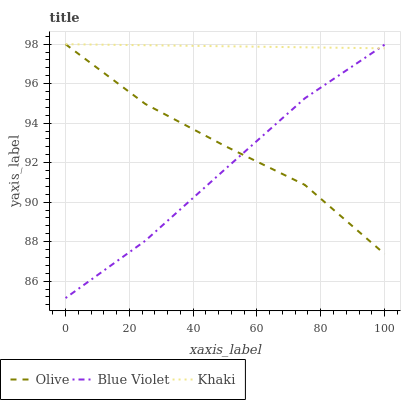
| xaxis_label | Olive | Blue Violet | Khaki |
 | --- | --- | --- | --- |
 | 0 | 98 | 85.1 | 98 |
 | 25 | 95 | 88 | 97.9 |
 | 50 | 92.8 | 91.7 | 97.9 |
 | 75 | 90.9 | 95.3 | 97.8 |
 | 100 | 87.4 | 98 | 97.8 |